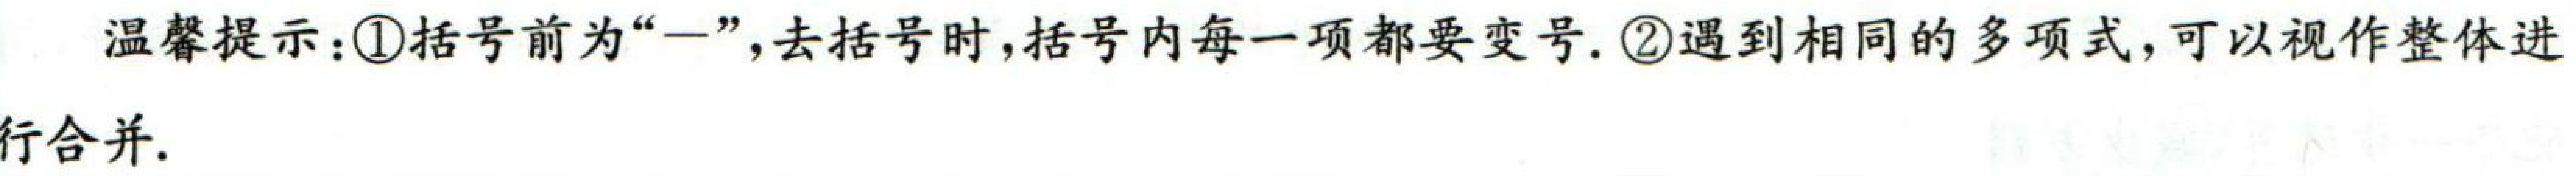
温馨提示：\textcircled{1}括号前为“-”，去括号时，括号内每一项都要变号. \textcircled{2}遇到相同的多项式，可以视作整体进行合并.